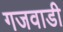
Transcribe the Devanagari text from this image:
गजवाडी